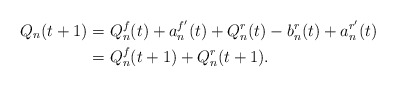
\begin{align*} Q_n(t+1) & = Q_n^f(t) + a_n^{f'}(t) + Q_n^r(t) - b_n^r(t) + a_n^{r'}(t) \\ & = Q_n^f(t+1) + Q_n^r(t+1).\end{align*}